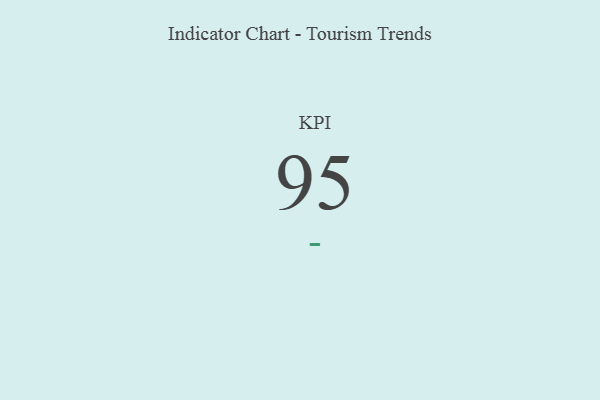
{"axis": {"x": "KPI", "y": "Value"}, "legend": [""], "data": [{"x": "KPI", "y": 95, "type": ""}]}